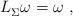
LaTeX: \begin{align*} L_\Sigma^{} \omega = \omega~,\end{align*}